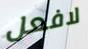
لافعل